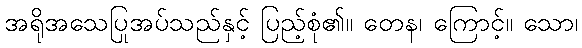
အရိုအသေပြုအပ်သည်နှင့် ပြည့်စုံ၏။ တေန၊ ကြောင့်။ သော၊